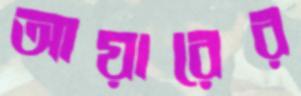
আয়ারের